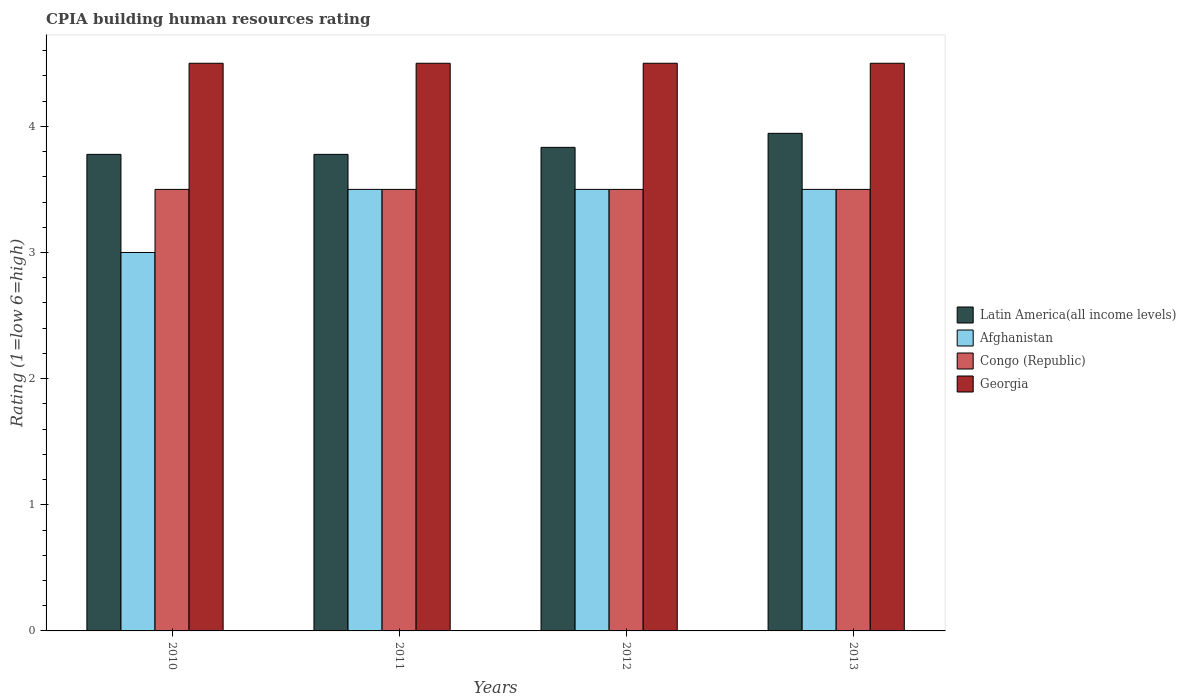
| Years | Latin America(all income levels) | Afghanistan | Congo (Republic) | Georgia |
 | --- | --- | --- | --- | --- |
 | 2010 | 3.78 | 3 | 3.5 | 4.5 |
 | 2011 | 3.78 | 3.5 | 3.5 | 4.5 |
 | 2012 | 3.83 | 3.5 | 3.5 | 4.5 |
 | 2013 | 3.94 | 3.5 | 3.5 | 4.5 |